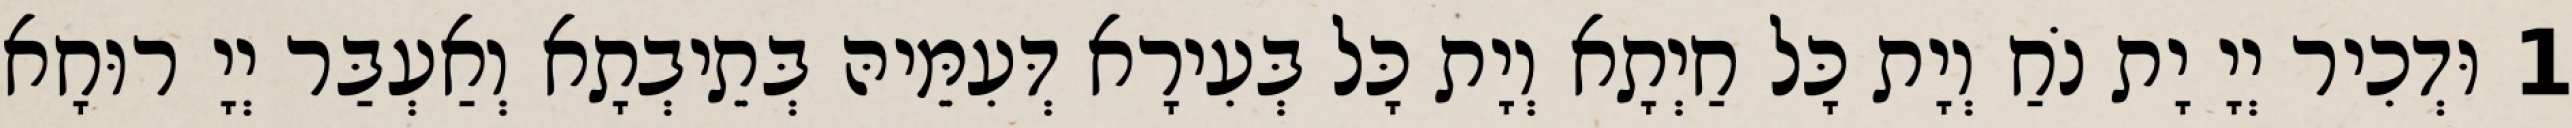
1 וּדְכִיר יְיָ יָת נֹחַ וְיָת כָּל חַיְתָא וְיָת כָּל בְּעִירָא דְּעִמֵּיהּ בְּתֵיבְתָא וְאַעְבַּר יְיָ רוּחָא